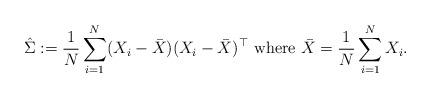
LaTeX: \begin{align*}\hat\Sigma := \frac{1}{N}\sum_{i=1}^N (X_i - \bar X)(X_i - \bar X)^\top \mbox{ where } \bar X = \frac{1}{N} \sum_{i=1}^N X_i.\end{align*}